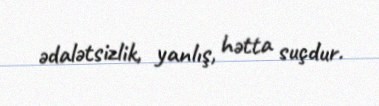
ədalətsizlik, yanlış, hətta suçdur.